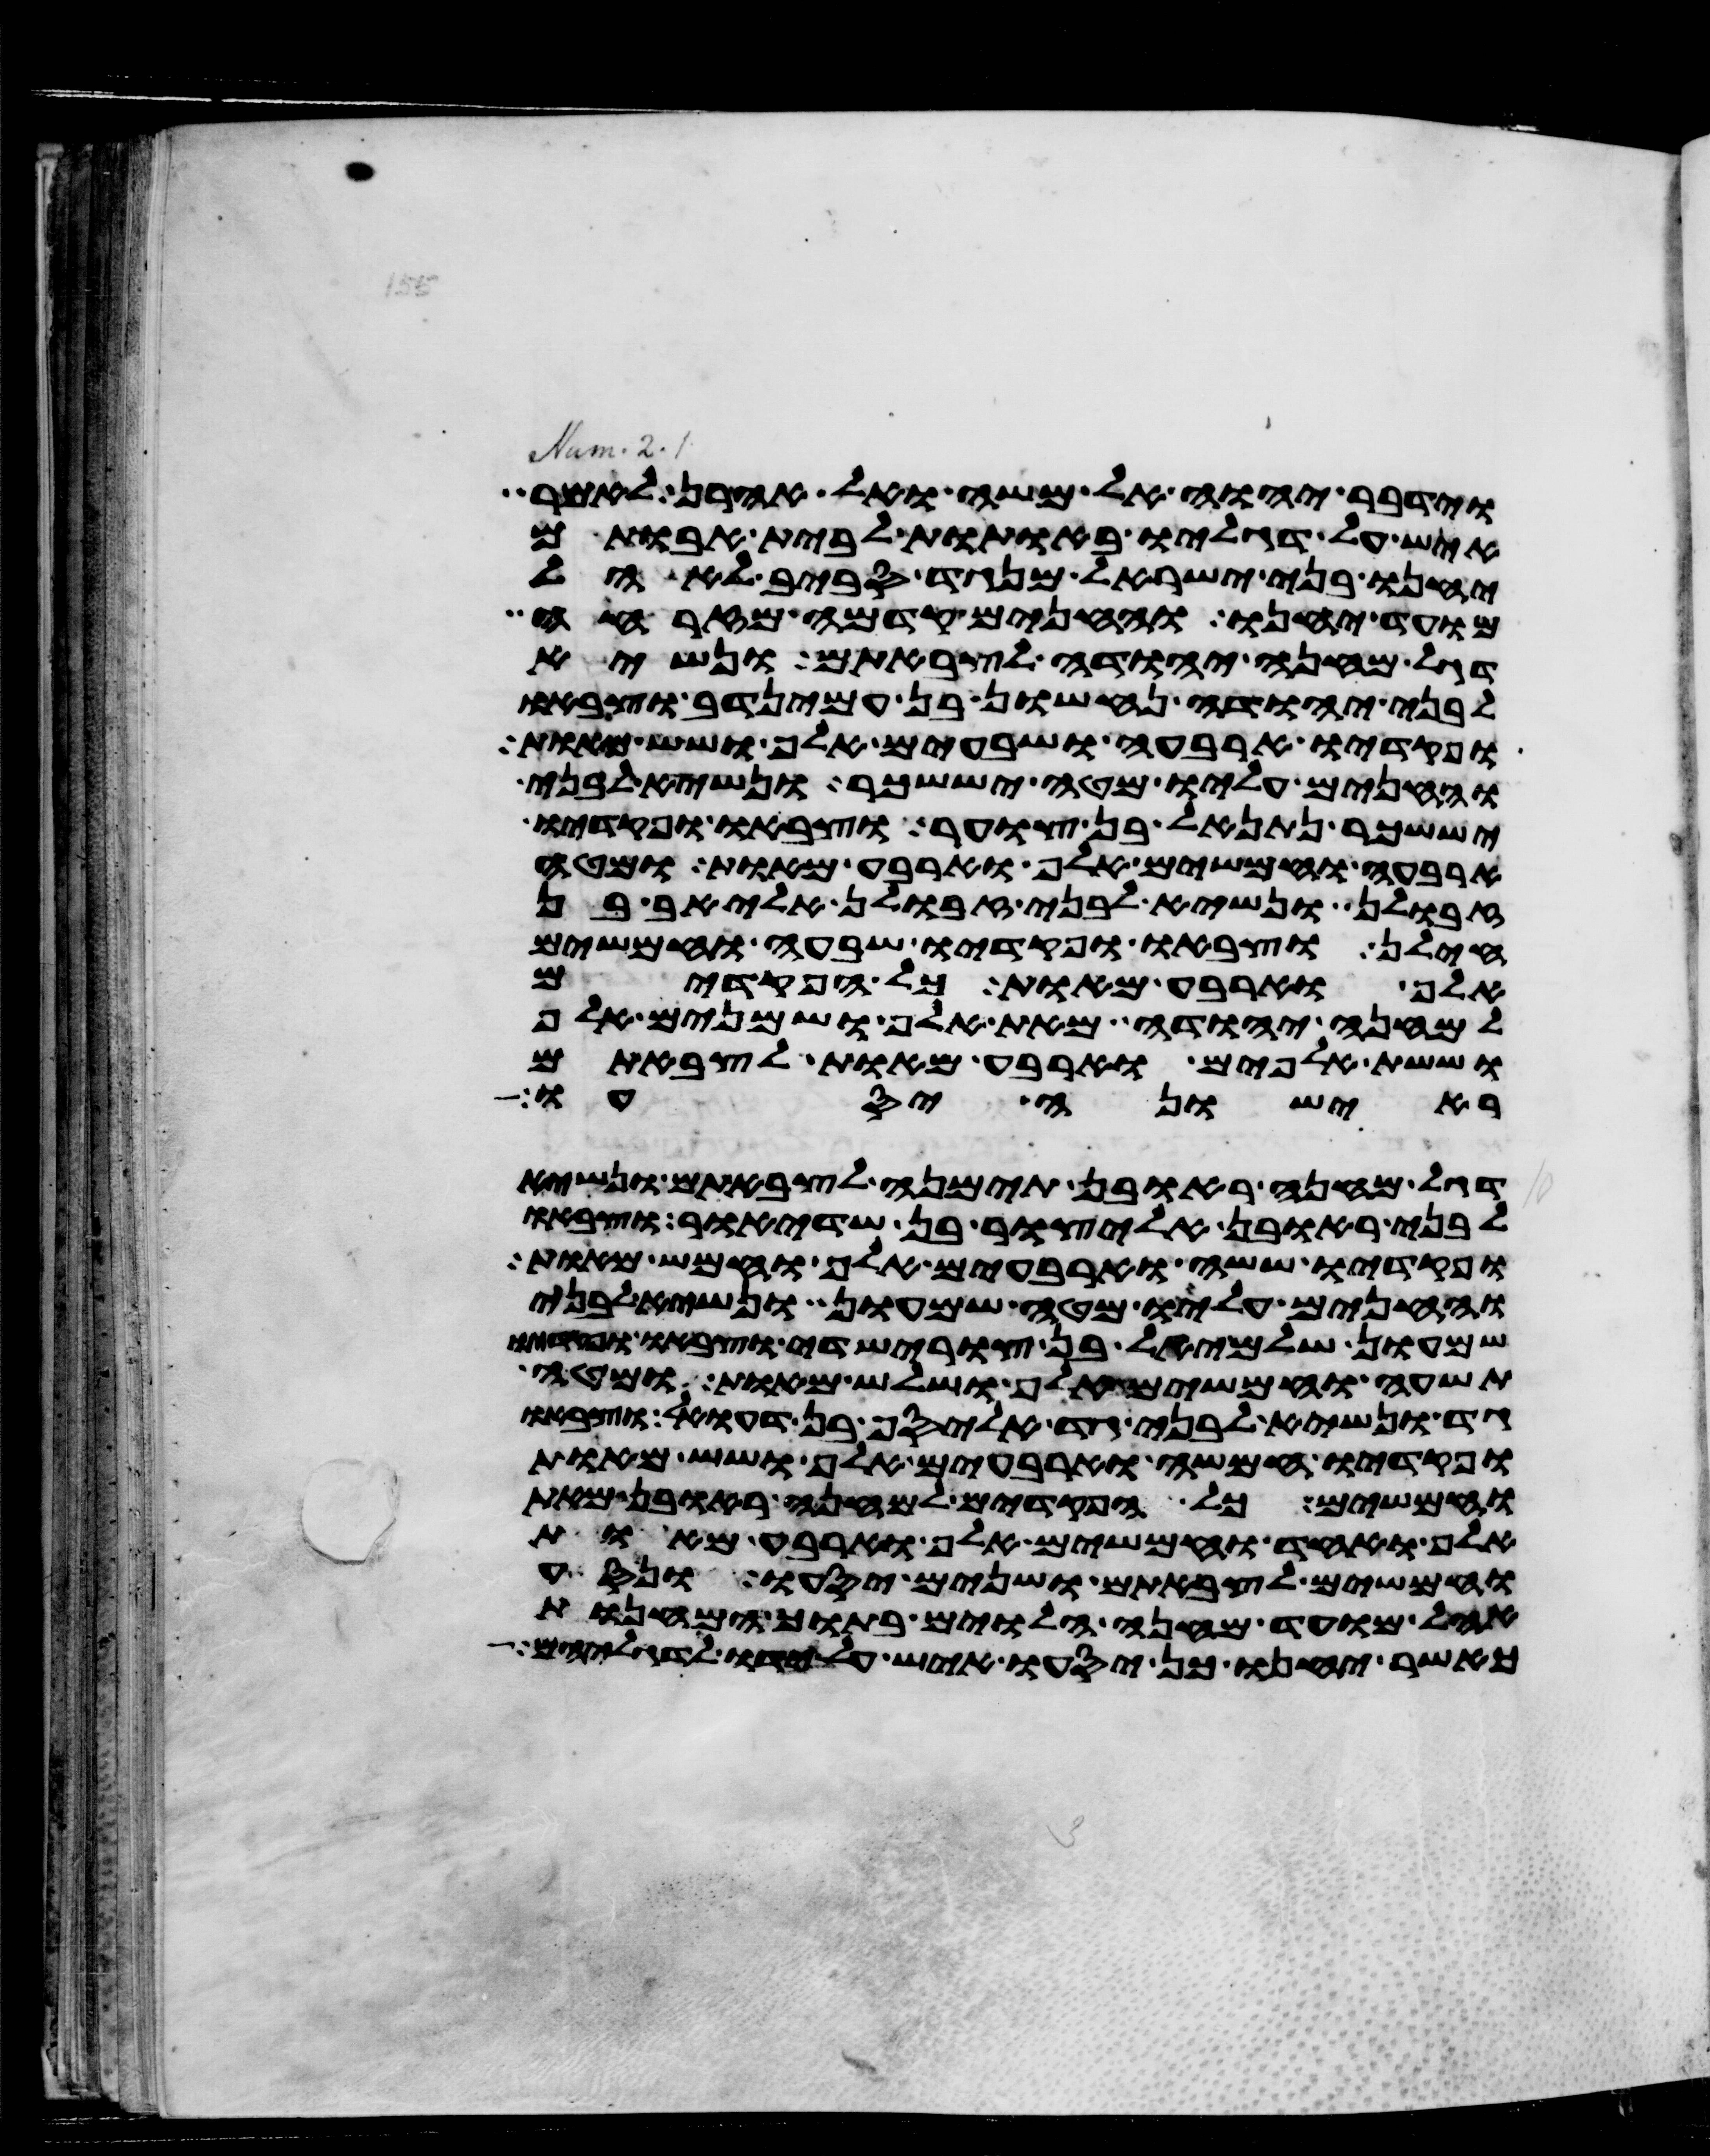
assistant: וידבר יהוה אל משה ואל אהרן לאמר
איש על דגליו באתות לבית אבותם
יחנו בני ישראל מנגד סביב לאהל
מועד יחנו והחנים קדמה מזרחה
דגל מחנה יהודה לצבאתם ונשיא
לבני יהודה נחשון בן עמינדב וצבאו
ופקדיו ארבעה ושבעים אלף ושש מאות
והחנים עליו מטה יששכר ונשיא לבני
יששכר נתנאל בן צוער וצבאו ופקדיו
ארבעה וחמשים אלף וארבע מאות ומטה
זבולן ונשיא לבני זבולן אליאב בן
חילן וצבאו ופקדיו שבעה וחמשים
אלף וארבע מאות כל הפקדים
למחנה יהודה מאת אלף ושמנים אלף
וששת אלפים וארבע מאות לצבאתם
ראישונה יסעו
דגל מחנה ראובן תימנה לצבאתם ונשיא
לבני ראובן אליצור בן שדיאור וצבאו
ופקדיו ששה וארבעים אלף וחמש מאות
והחנים עליו מטה שמעון ונשיא לבני
שמעון שלמיאל בן צורישדי וצבאו ופקדיו
תשעה וחמשים אלף ושלש מאות ומטה
גד ונשיא לבני גד אליסף בן דעואל וצבאו
ופקדיו חמשה וארבעים אלף ושש מאות
וחמשים כל הפקדים למחנה ראובן מאת
אלף ואחד וחמשים אלף וארבע מאות
וחמשים לצבאתם ושנים יסעו ונסע
אהל מועד מחנה הלוים בתוך המחנות
כאשר יחנו כן יסעו איש על ידו לדגליהם